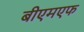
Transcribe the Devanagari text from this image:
बीएमएफ